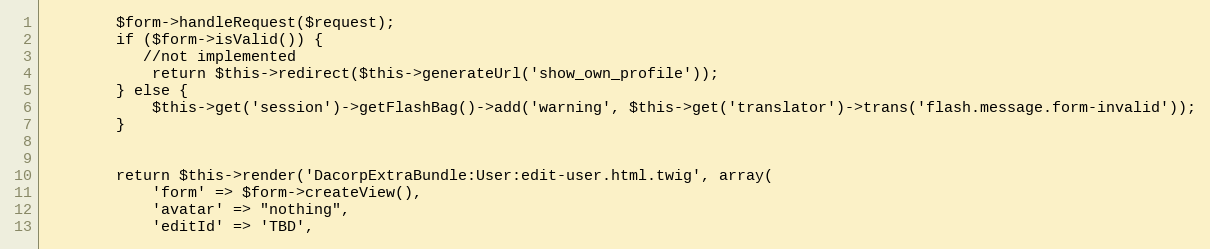
Language: PHP
        $form->handleRequest($request);
        if ($form->isValid()) {
           //not implemented
            return $this->redirect($this->generateUrl('show_own_profile'));
        } else {
            $this->get('session')->getFlashBag()->add('warning', $this->get('translator')->trans('flash.message.form-invalid'));
        }

        return $this->render('DacorpExtraBundle:User:edit-user.html.twig', array(
            'form' => $form->createView(),
            'avatar' => "nothing",
            'editId' => 'TBD',